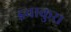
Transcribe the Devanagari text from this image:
इवाकुरा